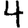
Digit: 4